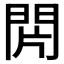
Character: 𨳭